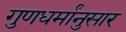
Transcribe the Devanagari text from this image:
गुणधर्मांनुसार